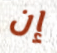
إن